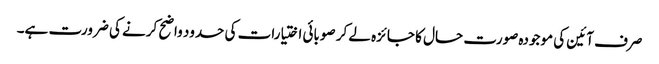
صرف آئین کی موجودہ صورت حال کا جائزہ لے کر صوبائی اختیارات کی حدود واضح کرنے کی ضرورت ہے۔